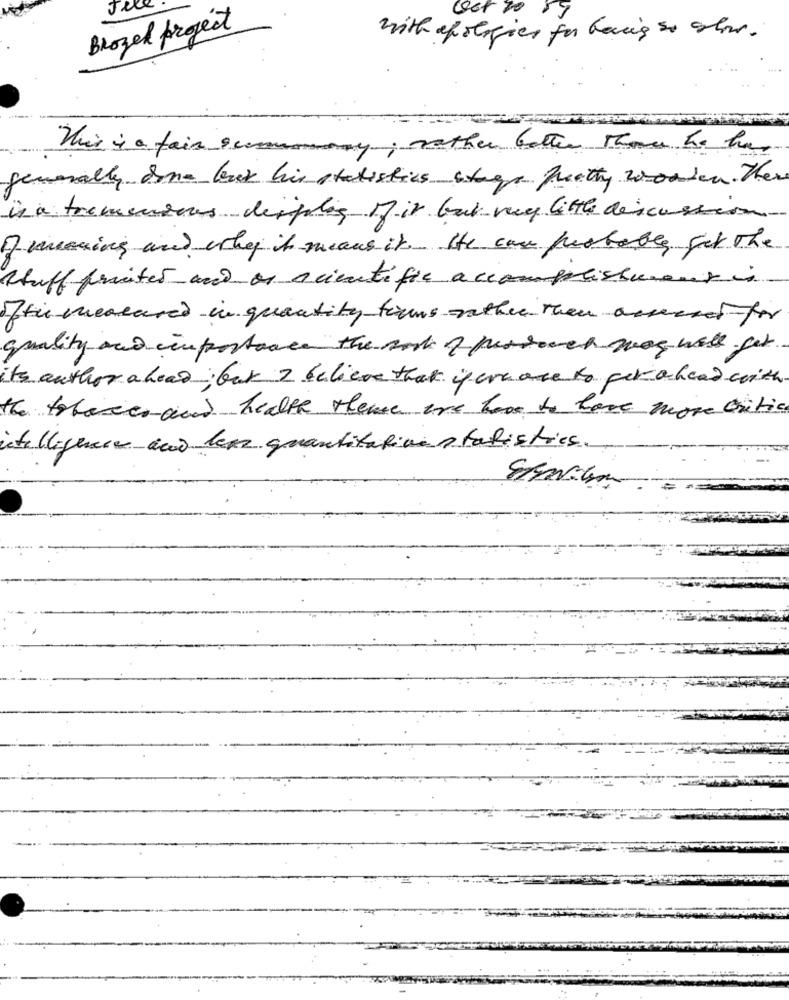
Jece
Oct 20 55
Brogel project
with apologies for being so str.
This is a fair accommony; rather bother there he has
generally done but his statistics stage quethy wooden. Ther
is a tremendous desplig Mir but very little discussion
I mmeuing and why it means it. He car pustable get the
shuff frites und as scientific accomplishment
ofthe measure in quantity finns rather than acsend for
quality and importance the work of pestooch was will get
its author a head ; but I believe that ifere are to per ahead with
the tobaccoand health theme we have to have more critica
intelligence não les quantitative statistics ..